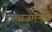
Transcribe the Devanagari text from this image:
उच्चजर्मनीय